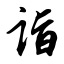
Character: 诣